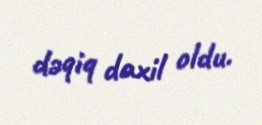
dəqiq daxil oldu.